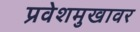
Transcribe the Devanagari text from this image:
प्रवेशमुखावर